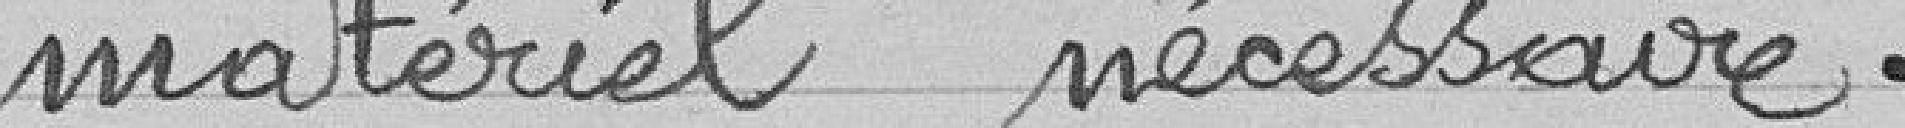
matériel nécessaire.